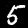
Label: 5